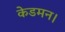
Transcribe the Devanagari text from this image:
केडमन।